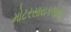
મોટરસાયકલોથી